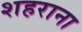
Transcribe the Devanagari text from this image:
शहराना